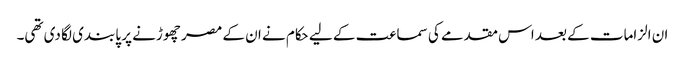
ان الزامات کے بعد اس مقدمے کی سماعت کے لیے حکام نے ان کے مصر چھوڑنے پر پابندی لگا دی تھی۔